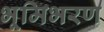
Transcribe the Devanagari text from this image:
भूमिभरण